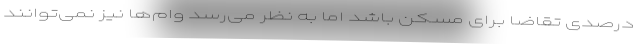
درصدی تقاضا برای مسکن باشد اما به نظر می‌رسد وام‌ها نیز نمی‌توانند